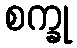
စက္ခု